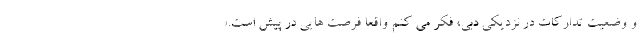
و وضعیت تدارکات در نزدیکی دبی، فکر می کنم واقعا فرصت هایی در پیش است.»